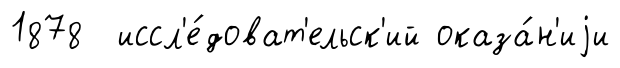
1878 иссл'е́доват'ельск'ий оказа́н'иjи